Annual report of the Punjab Veterinary College and of the Civil Veterinary Department, Punjab - 1894-1908
Year: 1894
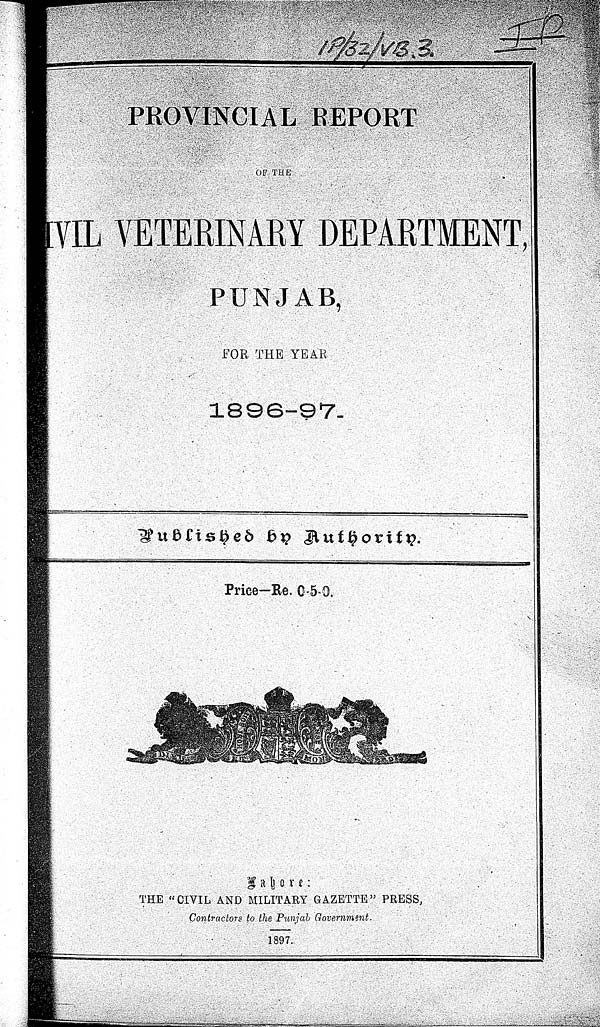
PROVINCIAL REPORT
OF THE
IVIL VETERINARY DEPARTMENT,
PUNJAB,
FOR THE YEAR
1896-97.
Published by Authority.
Price—Re. 0-5-0.
Lahore:
THE "CIVIL AND MILITARY GAZETTE" PRESS,
Contractors to the Punjab Government.
1897.